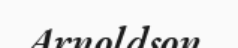
Arnoldson